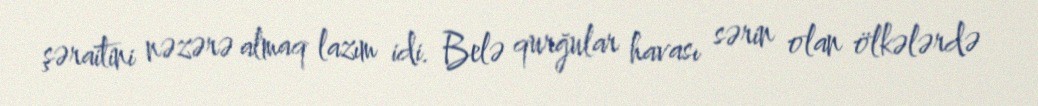
şəraitini nəzərə almaq lazım idi. Belə qurğular havası sərin olan ölkələrdə